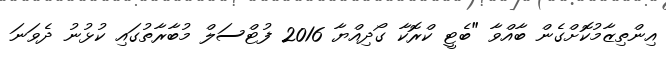
އިންތިޒާމުކޮށްގެން ބާއްވާ "ބެޓީ ކްރޮކާ ގޯދިއްޔާ 2016 ފުޓްސަލް މުބާރާތުގައި ކުޅުނު ދެވަނަ